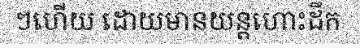
ៗហើយ ដោយមានយន្តហោះដឹក